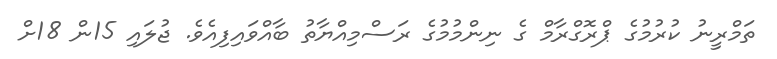
ތަމްރީނު ކުރުމުގެ ޕްރޮގްރާމް ގެ ނިންމުމުގެ ރަސްމިއްޔާތު ބާއްވައިފިއެވެ. ޖުލައި 15ން 18ށް